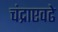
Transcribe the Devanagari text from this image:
चंद्राएवढे